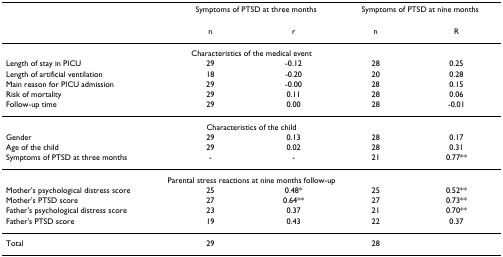
<table><thead><tr><td></td><td colspan="2"><b>Symptoms of PTSD at three months</b></td><td colspan="2"><b>Symptoms of PTSD at nine months</b></td></tr></thead><tbody><tr><td></td><td>n</td><td>r</td><td>n</td><td>R</td></tr><tr><td colspan="5">Characteristics of the medical event</td></tr><tr><td>Length of stay in PICU</td><td>29</td><td>-0.12</td><td>28</td><td>0.25</td></tr><tr><td>Length of artificial ventilation</td><td>18</td><td>-0.20</td><td>20</td><td>0.28</td></tr><tr><td>Main reason for PICU admission</td><td>29</td><td>-0.00</td><td>28</td><td>0.15</td></tr><tr><td>Risk of mortality</td><td>29</td><td>0.11</td><td>28</td><td>0.06</td></tr><tr><td>Follow-up time</td><td>29</td><td>0.00</td><td>28</td><td>-0.01</td></tr><tr><td colspan="5">Characteristics of the child</td></tr><tr><td>Gender</td><td>29</td><td>0.13</td><td>28</td><td>0.17</td></tr><tr><td>Age of the child</td><td>29</td><td>0.02</td><td>28</td><td>0.31</td></tr><tr><td>Symptoms of PTSD at three months</td><td>-</td><td>-</td><td>21</td><td>0.77**</td></tr><tr><td colspan="5">Parental stress reactions at nine months follow-up</td></tr><tr><td>Mother&#x27;s psychological distress score</td><td>25</td><td>0.48*</td><td>25</td><td>0.52**</td></tr><tr><td>Mother&#x27;s PTSD score</td><td>27</td><td>0.64**</td><td>27</td><td>0.73**</td></tr><tr><td>Father&#x27;s psychological distress score</td><td>23</td><td>0.37</td><td>21</td><td>0.70**</td></tr><tr><td>Father&#x27;s PTSD score</td><td>19</td><td>0.43</td><td>22</td><td>0.37</td></tr><tr><td>Total</td><td>29</td><td></td><td>28</td><td></td></tr></tbody></table>